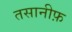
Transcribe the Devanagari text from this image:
तसानीफ़